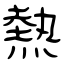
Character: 熱